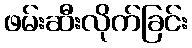
ဖမ်းဆီးလိုက်ခြင်း